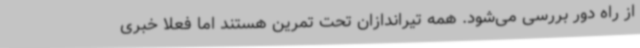
از راه دور بررسی می‌شود. همه تیراندازان تحت تمرین هستند اما فعلا خبری